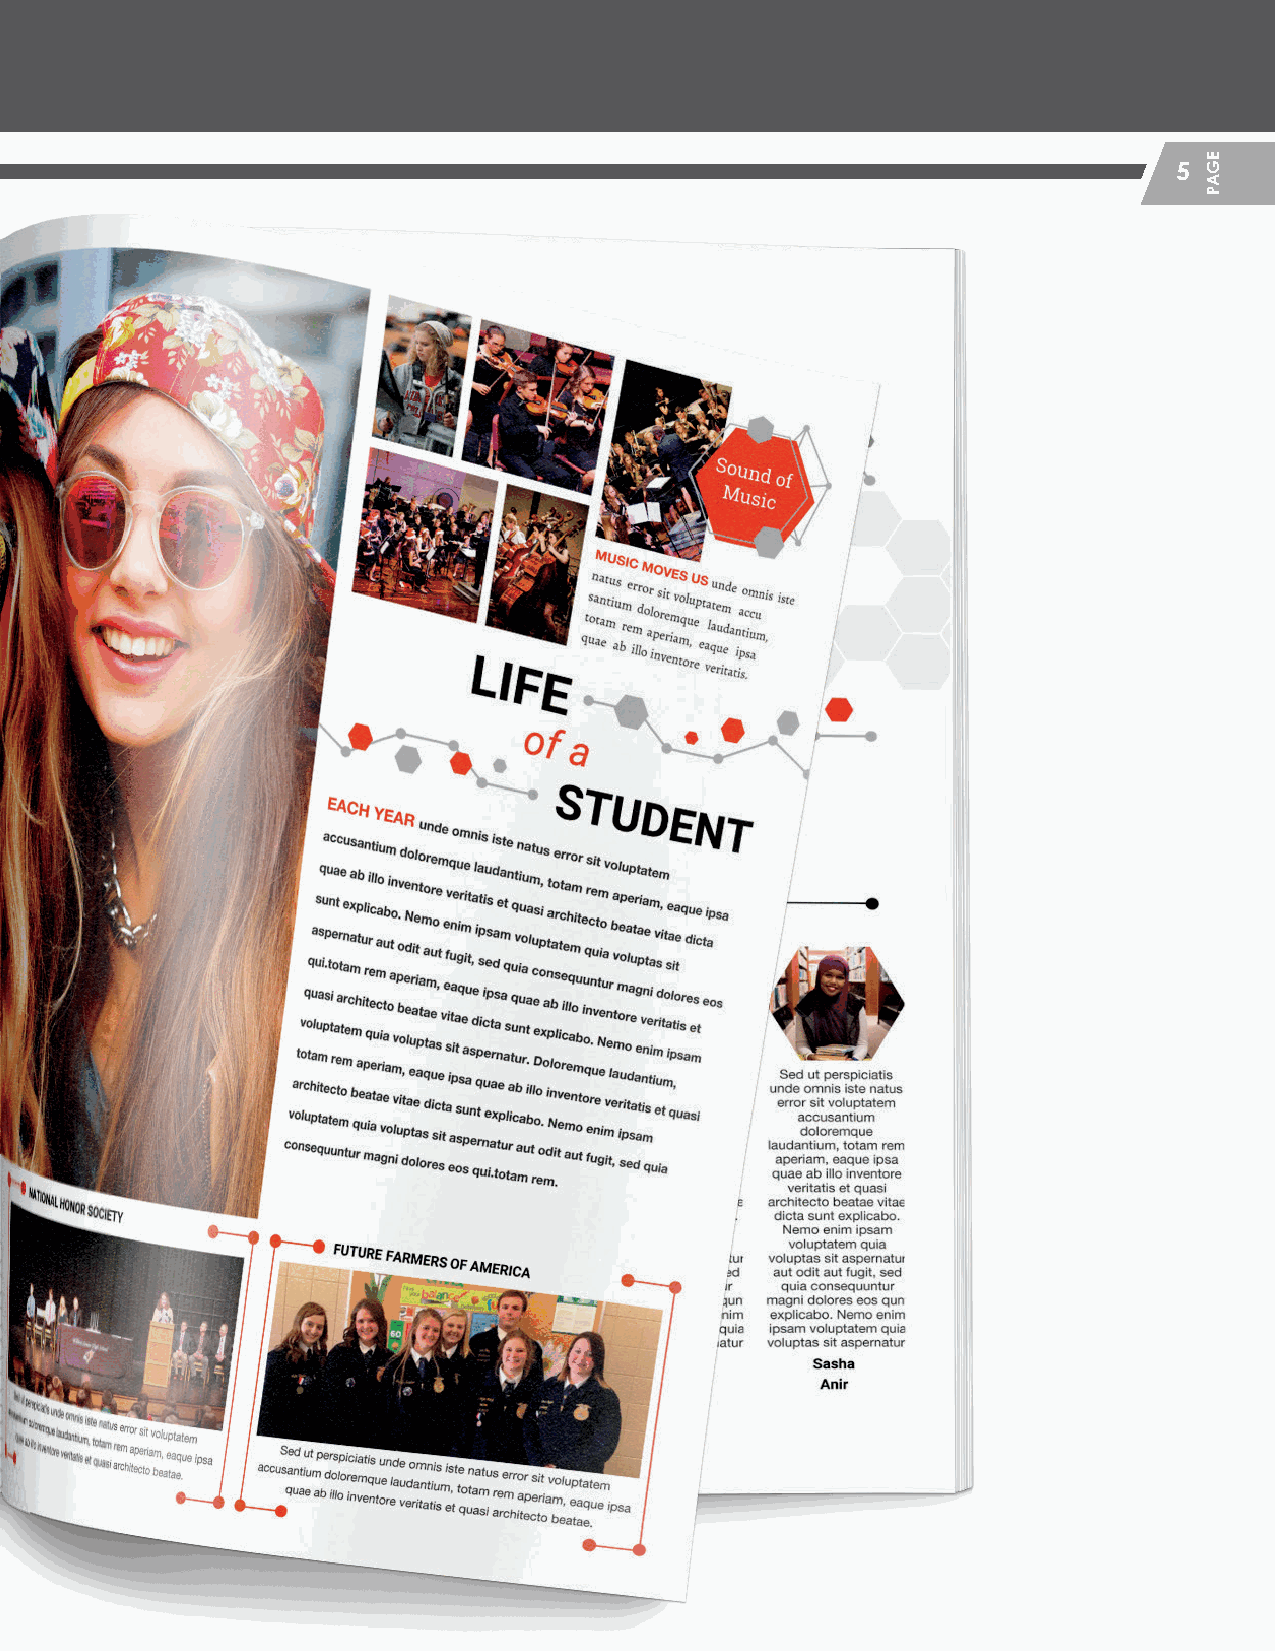
5
 HHSS__CCrreeaattiivvee__GGuuiiddeePPFF__MMSS..iinndddd 55                   22//55//2200 1122::1122 PPMM
 EGAP